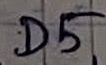
Text: D5